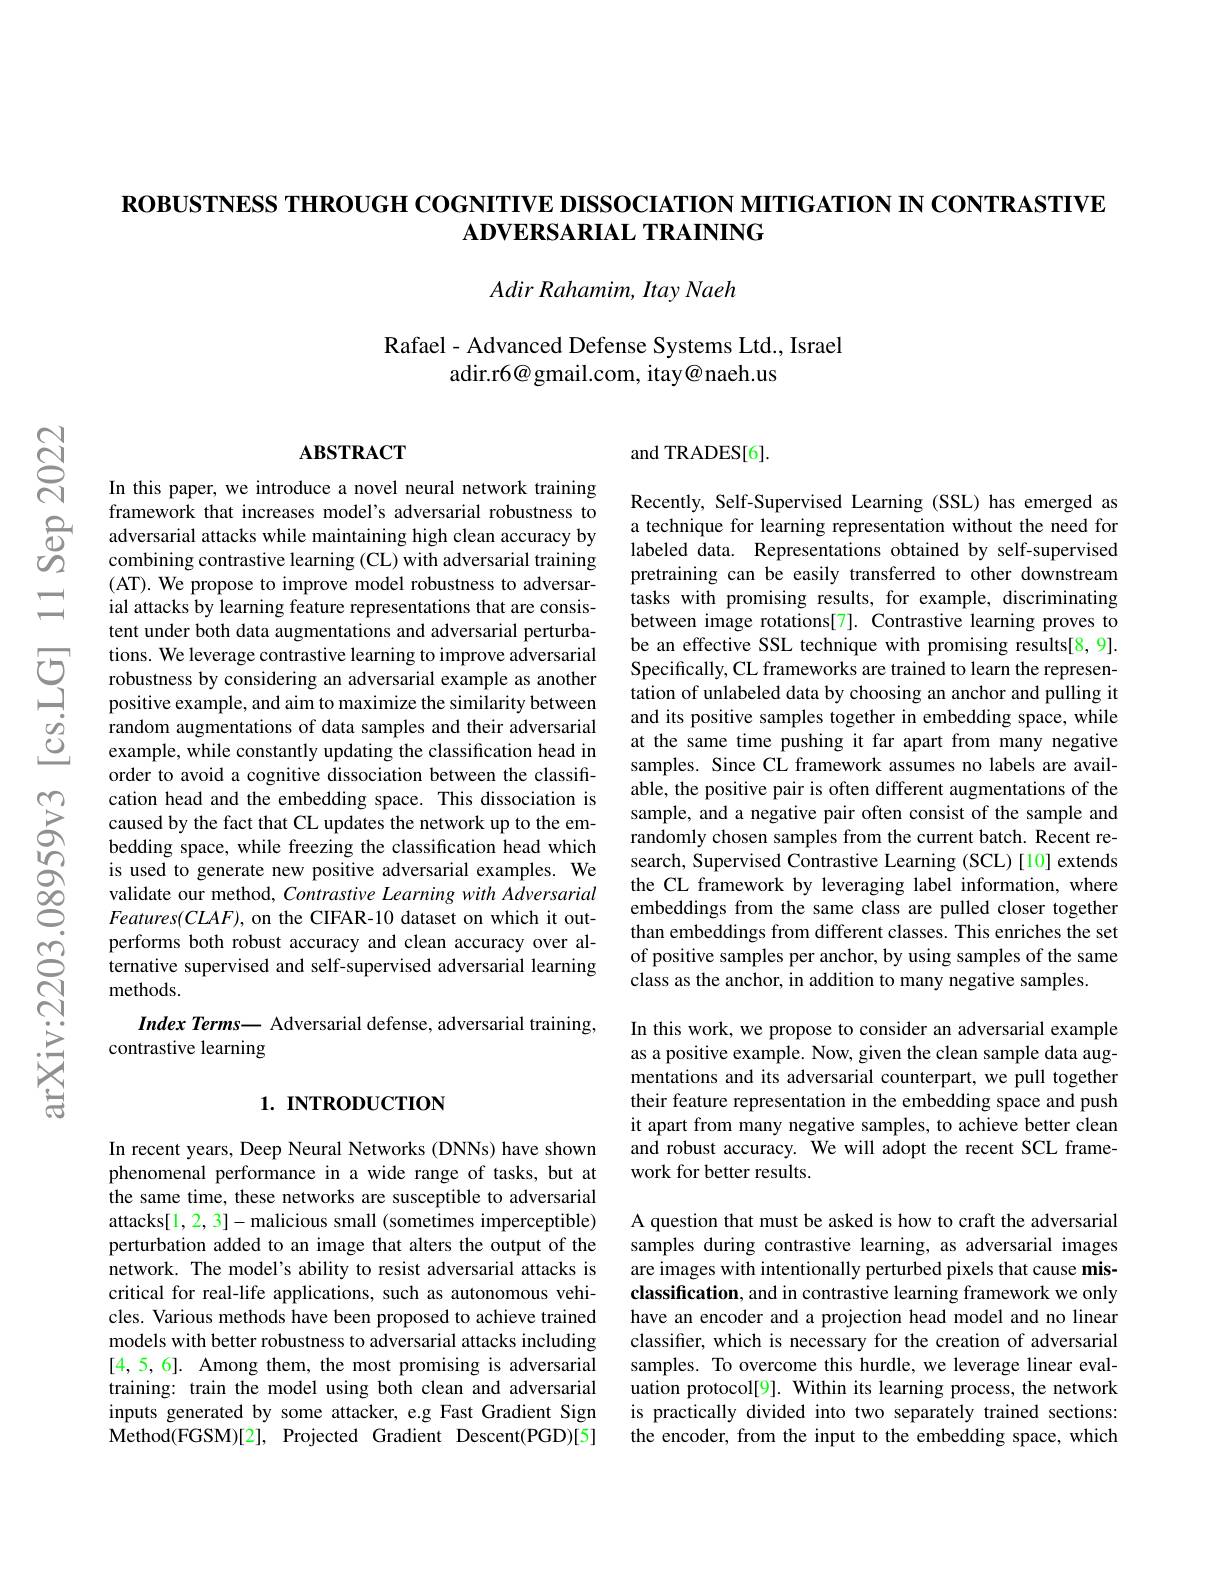
ROBUSTNESS THROUGH COGNTIVE DISSOCIATION MITIGATION IN CONTRASTIVE
$\mathbf{ADVERSARIAL}$ TRAINING

Adir $Rahamim$, Itay Naeh

Rafael- Advanced Defense Systems Ltd. , Israel
adir.r6@ gmail.com, itay@ naeh.us

## $ABSTRACT$

In this paper, we introduce a novel neural network training framework that increases model's adversarial robustness to adversarial attacks while maintaining high clean accuracy by combining contrastive learning (CL) with adversarial training (AT). We propose to improve model robustness to adversarial attacks by learning feature representations that are consistent under both data augmentations and adversarial perturbations. We leverage contrastive learning to improve adversarial robustness by considering an adversarial example as another positive example, and aim to maximize the similarity between random augmentations of data samples and their adversarial example, while constantly updating the classification head in order to avoid a cognitive dissociation between the classification head and the embedding space. This dissociation is caused by the fact that CL updates the network up to the embedding space, while freezing the classification head which is used to generate new positive adversarial examples. We validate our method, Contrastive Learning with Adversarial $Features(CLAF)$, on the CIFAR-10 dataset on which it outperforms both robust accuracy and clean accuracy over alternative supervised and self-supervised adversarial learning methods.
Index Terms— Adversarial defense, adversarial training,
contrastive learning

## $1. \textbf{ INTRODUCTION}$

In recent years, Deep Neural Networks (DNNs) have shown phenomenal performance in a wide range of tasks, but at the same time, these networks are susceptible to adversarial attacks[1,2,3]-malicious small (sometimes imperceptible) perturbation added to an image that alters the output of the network. The model's ability to resist adversarial attacks is critical for real-life applications, such as autonomous vehicles. Various methods have been proposed to achieve trained models with better robustness to adversarial attacks including [4,5,6]. Among them, the most promising is adversarial training: train the model using both clean and adversarial inputs generated by some attacker, e.g Fast Gradient Sign Method(FGSM)[2], Projected Gradient Descent(PGD)[5]

and TRADES[6].

Recently, Self-Supervised Learning (SSL) has emerged as a technique for learning representation without the need for labeled data. Representations obtained by self-supervised pretraining can be easily transferred to other downstream tasks with promising results, for example, discriminating between image rotations[7]. Contrastive learning proves to be an effective SSL technique with promising results[8,9]. Specifically, CL frameworks are trained to learn the representation of unlabeled data by choosing an anchor and pulling it and its positive samples together in embedding space, while at the same time pushing it far apart from many negative samples. Since CL framework assumes no labels are available, the positive pair is often different augmentations of the sample, and a negative pair often consist of the sample and randomly chosen samples from the current batch. Recent research, Supervised Contrastive Learning (SCL)[10] extends the CL framework by leveraging label information, where embeddings from the same class are pulled closer together than embeddings from different classes. This enriches the set of positive samples per anchor, by using samples of the same class as the anchor, in addition to many negative samples

In this work, we propose to consider an adversarial example as a positive example. Now, given the clean sample data augmentations and its adversarial counterpart, we pull together their feature representation in the embedding space and push it apart from many negative samples, to achieve better clean and robust accuracy. We will adopt the recent SCL framework for better results.

A question that must be asked is how to craft the adversarial samples during contrastive learning, as adversarial images are images with intentionally perturbed pixels that cause misclassification, and in contrastive learning framework we only have an encoder and a projection head model and no linear classifier, which is necessary for the creation of adversarial samples. To overcome this hurdle, we leverage linear evaluation protocol[9]. Within its learning process, the network is practically divided into two separately trained sections: the encoder, from the input to the embedding space, which